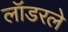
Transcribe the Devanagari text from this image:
लॉडरले